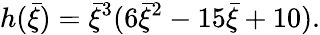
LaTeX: h(\bar{\xi})=\bar{\xi}^{3}(6\bar{\xi}^{2}-15\bar{\xi}+10).